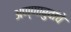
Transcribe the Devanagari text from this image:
अण्णाबुवांचे